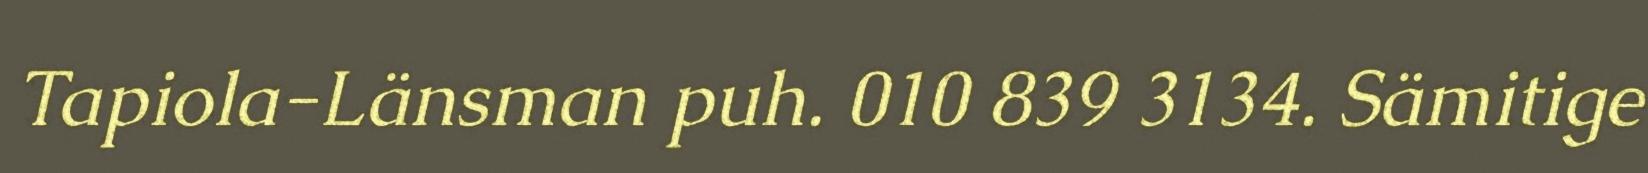
Tapiola-Länsman puh. 010 839 3134. Sämitige